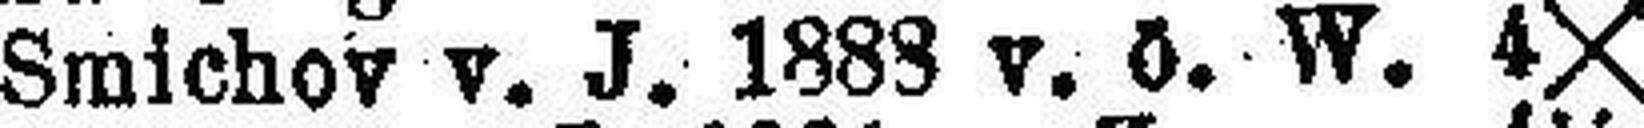
Smichov v. J. 1888 v. ö. W. 4X